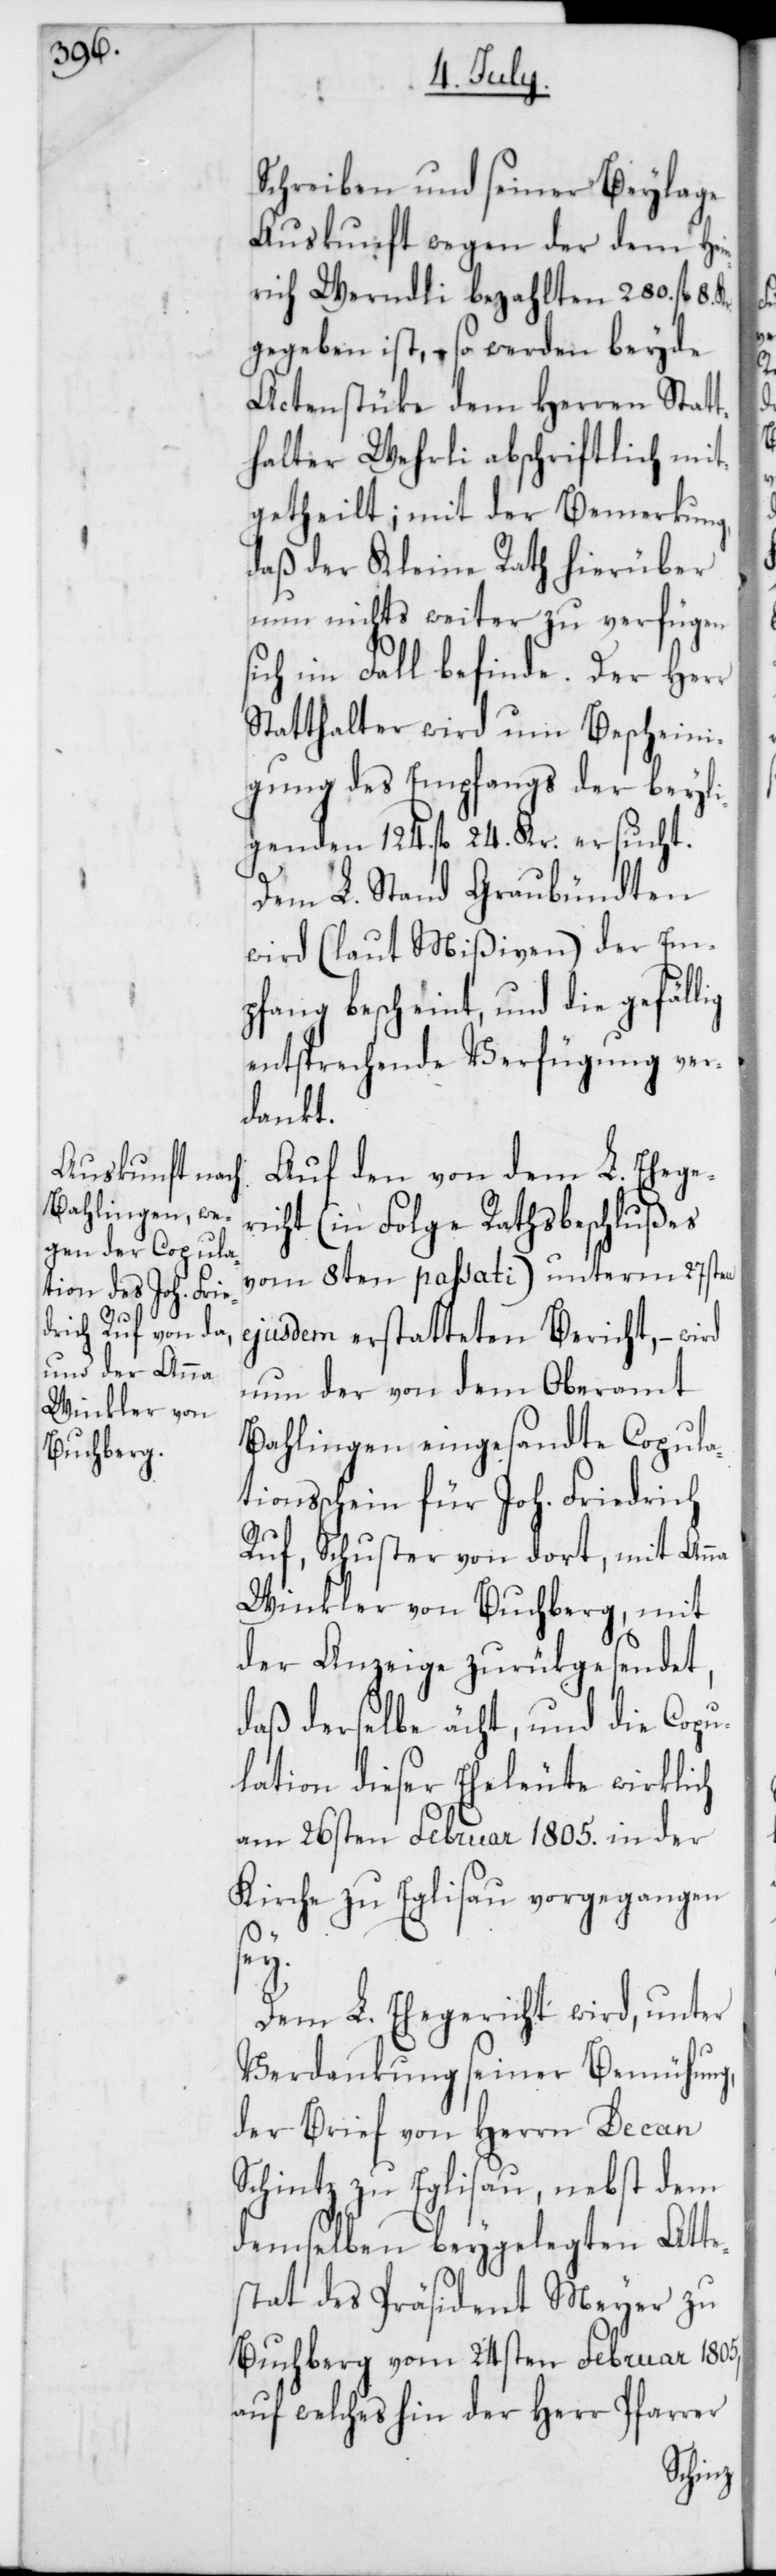
Schreiben und seiner Beylage
Auskunft wegen der dem Hei¬
nrich Werndli bezahlten 280. fl. 8.
gegeben ist, – wo werden beyde
Actenstüke dem Herren Statt¬
halter Wehrli abschriftlich mit¬
getheilt; mit der Bemerkung,
daß der Kleine Rath hierüber
nun nichts weiter zu verfügen
sich im Fall befinde. Der Herr
Statthalter wird um Bescheini¬
gung des Empfangs der beyli¬
genden 124. fl. 24. Kr. ersucht.
Dem L. Stand Graubündten
wird (laut Mißiven) der Em¬
pfang bescheint, und die gefäll¬
entsprechende Verfügung ver¬
dankt.
Auf den von dem L. Ehege¬
richt (in Folge Rathsbeschlußes
vom 8ten passati) unterm 27sten
ejusdem erstatteten Bericht, –
nun der von dem Oberamt
Bahlingen eingesandte Copula¬
tionsschein für Joh. Friedrich
Ruf, Schuster von dort, mit Anna
Winkler von Buchberg, mit
der Anzeige zurükgesendet,
daß derselbe ächt, und die Copu¬
lation dieser Eheleute wirklich
am 26sten Februar 1805. in der
Kirche zu Eglisau vorgegangen
sey.
Dem L. Ehegericht wird, unter
Verdankung seiner Bemühung,
der Brief von Herrn Decan
Schintz zu Eglisau, nebst dem
demselben beygelegten Atte¬
stat des Präsident Meyer zu
Buchberg vom 24sten Februar 1805,
auf welches hin der Herr Pfarrer